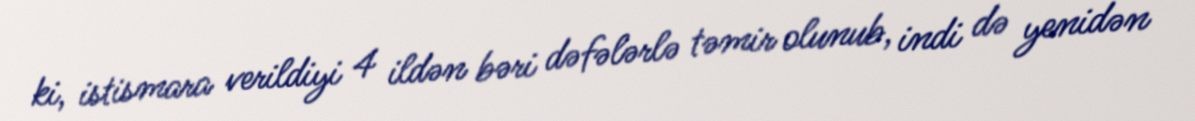
ki, istismara verildiyi 4 ildən bəri dəfələrlə təmir olunub, indi də yenidən